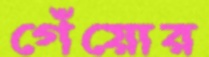
গেঁয়োর